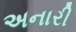
અનારી